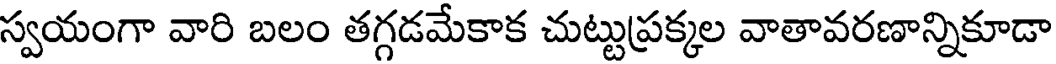
స్వయంగా వారి బలం తగ్గడమేకాక చుట్టుప్రక్కల వాతావరణాన్నికూడా